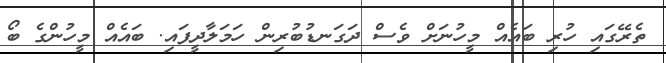
ތެރޭގައި ހުރި ބައެއް މީހުނަށް ވެސް ދަގަނޑުބުރިން ހަމަލާދީފައި. ބައެއް މީހުންގެ ބޯ